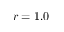
r = 1 . 0